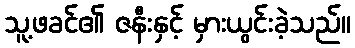
သူ့ဖခင်၏ ဇနီးနှင့် မှားယွင်းခဲ့သည်။